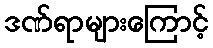
ဒဏ်ရာများကြောင့်